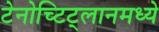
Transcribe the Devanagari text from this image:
टेनोच्टिट्लानमध्ये